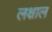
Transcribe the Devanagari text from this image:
लक्षाल